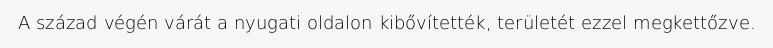
A század végén várát a nyugati oldalon kibővítették, területét ezzel megkettőzve.